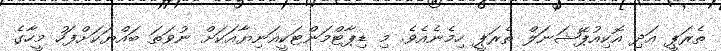
ތެރަޕީ އަދި އޮކިއުޕޭޝަނަލް ތެރަޕީ ހިމެނެއެވެ. މި ޑިޕާޓްމަންޓަކީއަނިޔާއަކަށް ނުވަތަ ބައްޔަކަށްފަހު މީހާގެ